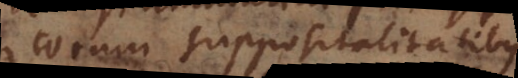
orum suppositalitatibus.